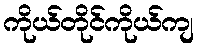
ကိုယ်တိုင်ကိုယ်ကျ